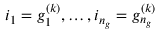
i _ { 1 } = g _ { 1 } ^ { ( k ) } , \ldots , i _ { n _ { g } } = g _ { n _ { g } } ^ { ( k ) }